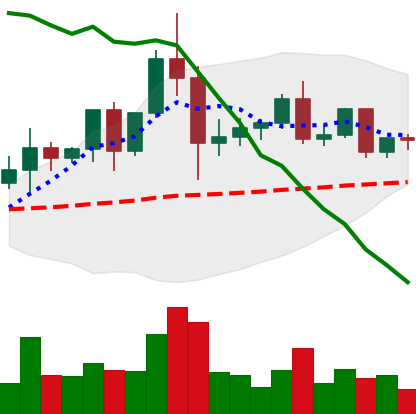
Ticker: ETC-USD
Chart end date: 2020-12-06
Forward return: -5.837%
Label: down_5_7